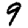
Digit: 9